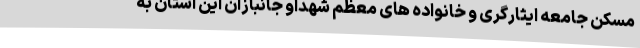
مسکن جامعه ایثارگری و خانواده های معظم شهداو جانبازان این استان به